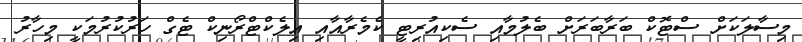
މިސާލަކަށް ސްޓޮކް ބަރާބަރަށް ބެލުމާއި ސެކިއުރިޓީ ކެމެރާއާއި އިލެކްޓްރޯނިކް ޓެގް ހަރުކުރުމަކީ މިހާރު